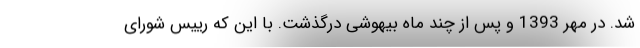
شد. در مهر 1393 و پس از چند ماه بیهوشی درگذشت. با این که رییس شورای